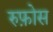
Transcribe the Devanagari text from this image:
रुफ़ोस